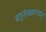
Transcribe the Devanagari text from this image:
बहुसंख्यांच्या